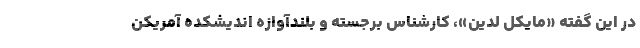
در این گفته «مایکل لدین»، کارشناس برجسته و بلند‌آوازه ‌اندیشکده آمریکن